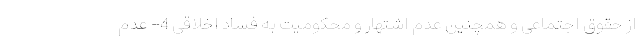
از حقوق اجتماعی و همچنین عدم اشتهار و محکومیت به فساد اخلاقی 4- عدم